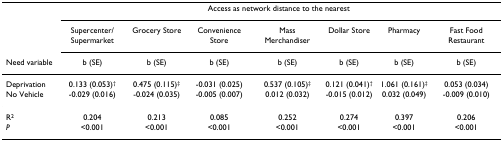
<table><thead><tr><td></td><td colspan="7"><b>Access as network distance to the nearest</b></td></tr><tr><td></td><td><b>Supercenter/Supermarket</b></td><td><b>Grocery Store</b></td><td><b>Convenience Store</b></td><td><b>Mass Merchandiser</b></td><td><b>Dollar Store</b></td><td><b>Pharmacy</b></td><td><b>Fast Food Restaurant</b></td></tr><tr><td><b>Need variable</b></td><td><b>b (SE)</b></td><td><b>b (SE)</b></td><td><b>b (SE)</b></td><td><b>b (SE)</b></td><td><b>b (SE)</b></td><td><b>b (SE)</b></td><td><b>b (SE)</b></td></tr></thead><tbody><tr><td>Deprivation</td><td>0.133 (0.053)<sup>†</sup></td><td>0.475 (0.115)<sup>‡</sup></td><td>-0.031 (0.025)</td><td>0.537 (0.105)<sup>‡</sup></td><td>0.121 (0.041)<sup>†</sup></td><td>1.061 (0.161)<sup>‡</sup></td><td>0.053 (0.034)</td></tr><tr><td>No Vehicle</td><td>-0.029 (0.016)</td><td>-0.024 (0.035)</td><td>-0.005 (0.007)</td><td>0.012 (0.032)</td><td>-0.015 (0.012)</td><td>0.032 (0.049)</td><td>-0.009 (0.010)</td></tr><tr><td>R<sup>2</sup></td><td>0.204</td><td>0.213</td><td>0.085</td><td>0.252</td><td>0.274</td><td>0.397</td><td>0.206</td></tr><tr><td><i>P</i></td><td>&lt;0.001</td><td>&lt;0.001</td><td>&lt;0.001</td><td>&lt;0.001</td><td>&lt;0.001</td><td>&lt;0.001</td><td>&lt;0.001</td></tr></tbody></table>